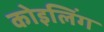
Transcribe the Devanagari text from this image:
कोइलिंग